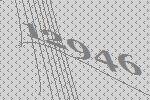
12946